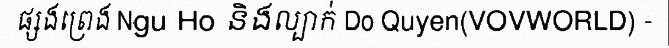
ផ្សងព្រេង Ngu Ho និងល្បាក់ Do Quyen(VOVWORLD) -